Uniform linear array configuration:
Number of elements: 64
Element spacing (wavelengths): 0.25
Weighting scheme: cosine
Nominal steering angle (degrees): -45
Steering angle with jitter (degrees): -43.287
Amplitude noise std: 0.05
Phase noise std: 0.05

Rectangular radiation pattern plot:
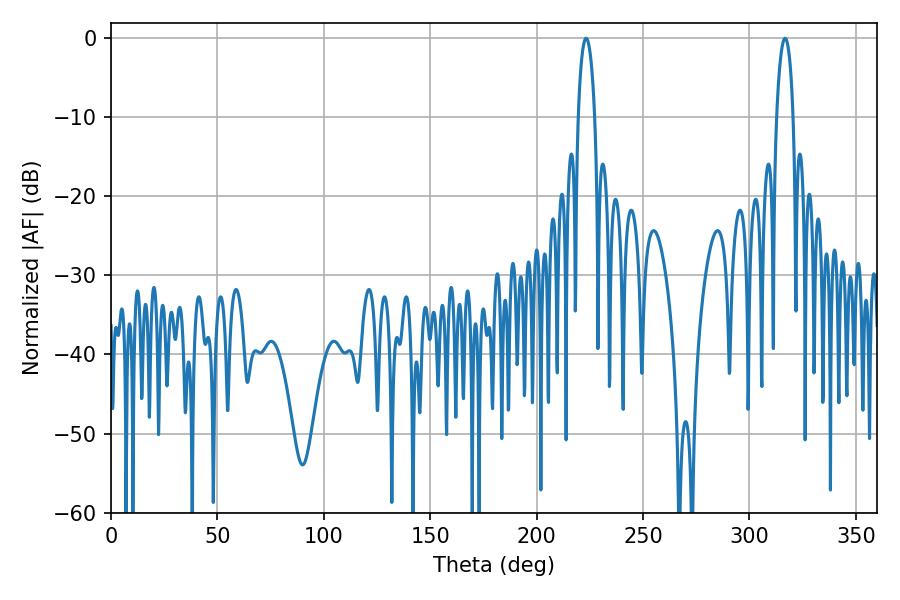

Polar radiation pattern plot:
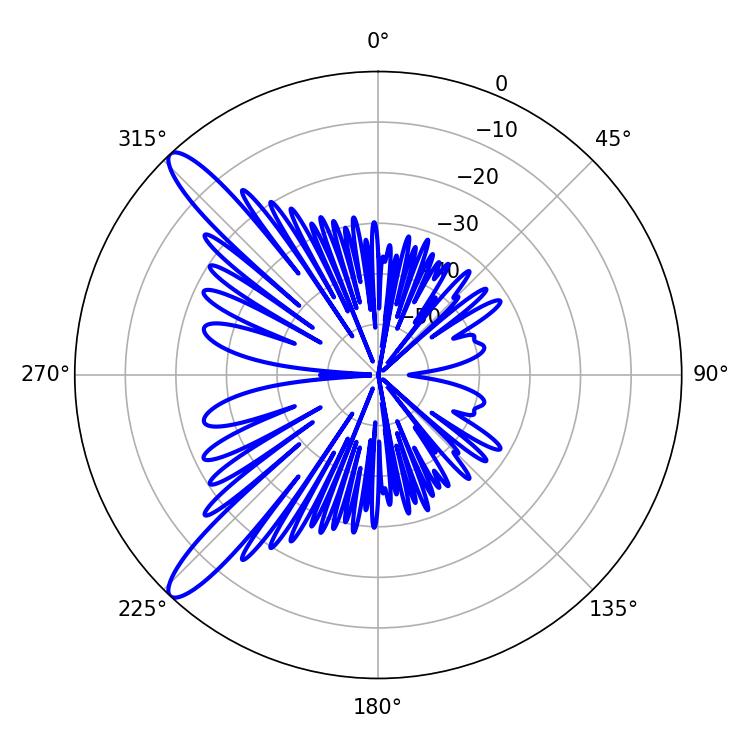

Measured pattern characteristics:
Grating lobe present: FALSE
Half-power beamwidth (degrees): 4.5
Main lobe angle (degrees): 223.2